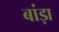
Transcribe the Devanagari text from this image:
बांड़ा